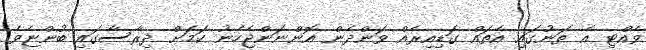
ވެއްޓި އެ ތަނުގައި އެތައް ގަޑިއިރެއް ވަންދެން އޮންނަންޖެހެނު ކަމަށް ދިރާސާގައި ބުންޏެވެ.